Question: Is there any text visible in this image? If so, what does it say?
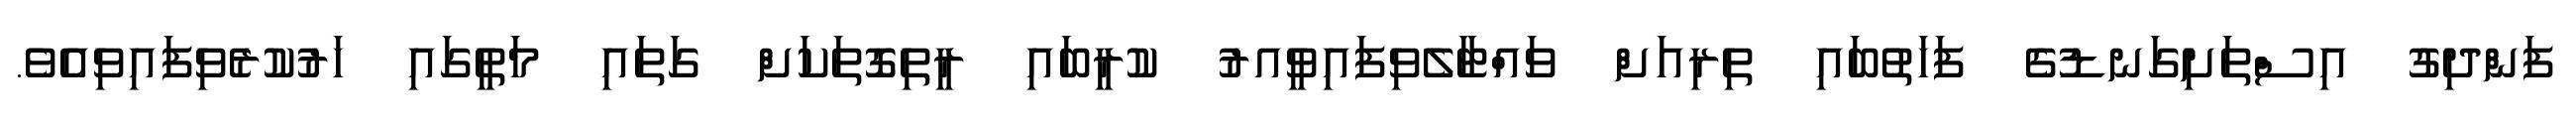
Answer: ފަންދިގު އިސްތަށިގަނޑުގެ ފަހަތުބައި ތިރިއަށް ވައްޓާލެވިފައިވީއރު ކުރީބައި ރީތިގޮތަކަށް ގަތައި މަތީގައި ހަރުކުރެވިފައިވިއެވެ.